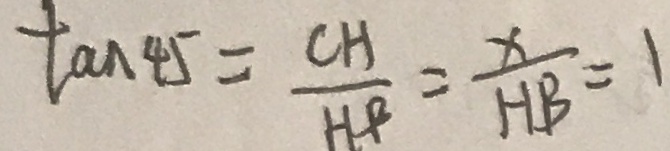
\tan 4 5 = \frac { C H } { H f } = \frac { x } { H B } = 1